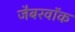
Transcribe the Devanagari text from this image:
जैबरवॉक